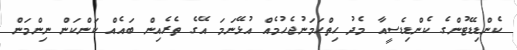
ކެންޑިޑޭޓުންގެ ކެންޑިޑެސީއާ މެދު ހިތްހަމަނުޖެހުމެއް އުޅޭނަމަ އޭގެ ތެރެއިން ބައެއް ކަންކަން ނިންމަން